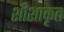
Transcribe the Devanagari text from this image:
शीशाकृत